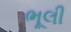
ભૂલી